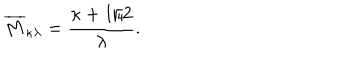
\overline { { { M } } } _ { \kappa \lambda } = \frac { \kappa + 1 / 2 } { \lambda } .